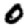
Digit: 0